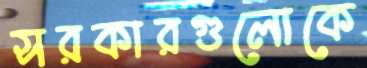
সরকারগুলোকে